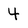
Character: 4